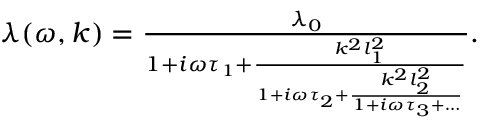
\begin{array} { r } { \lambda ( \omega , k ) = \frac { \lambda _ { 0 } } { 1 + i \omega \tau _ { 1 } + \frac { k ^ { 2 } l _ { 1 } ^ { 2 } } { 1 + i \omega \tau _ { 2 } + \frac { k ^ { 2 } l _ { 2 } ^ { 2 } } { 1 + i \omega \tau _ { 3 } + \dots } } } . } \end{array}